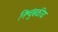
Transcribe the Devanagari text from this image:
निश्चुंबकीय